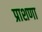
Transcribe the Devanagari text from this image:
प्राशणा